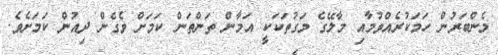
މެންބަރުން ހަމަކުރެއްވުމާއި މާލޭގެ މަގުތަކަކީ އަމާން ތަންތަން ކަމަށް ވެގެން ދިއުން ކަމަށެވެ.